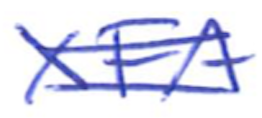
Text: XFA
Cross-out: double-line
Writing tool: ballpoint